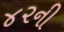
૪૨ની